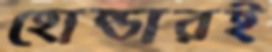
হোন্ডারই